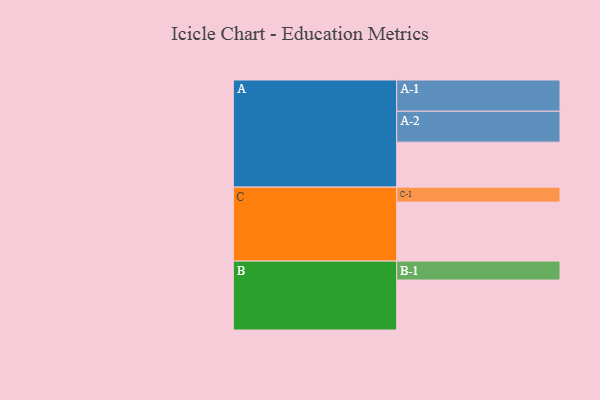
{"axis": {"x": "Segment", "y": "Value"}, "legend": ["", "A", "B", "C"], "data": [{"x": "A", "y": 399, "type": ""}, {"x": "B", "y": 443, "type": ""}, {"x": "C", "y": 523, "type": ""}, {"x": "A-1", "y": 277, "type": "A"}, {"x": "A-2", "y": 274, "type": "A"}, {"x": "B-1", "y": 168, "type": "B"}, {"x": "C-1", "y": 133, "type": "C"}]}